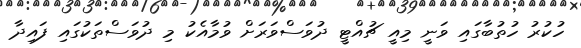
ހުކުރު ހުތުބާގައި ވަނީ މިއީ ޗުއްޓީ ދުވަސްވަރަށް ވުމާއެކު މި ދުވަސްތަކުގައި ފައިދާ